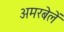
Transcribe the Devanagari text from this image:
अमरबेलें